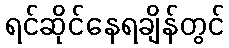
ရင်ဆိုင်နေရချိန်တွင်